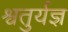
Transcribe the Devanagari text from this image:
श्वतुर्यज्ञ